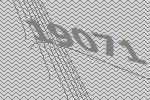
19071